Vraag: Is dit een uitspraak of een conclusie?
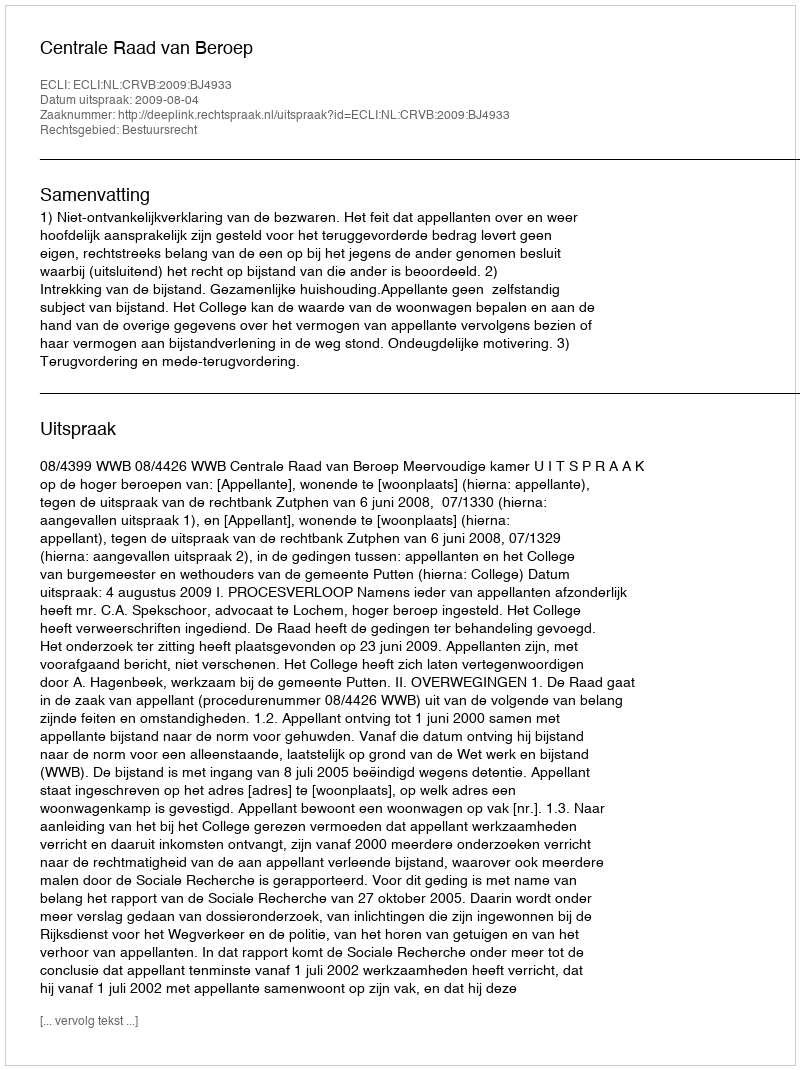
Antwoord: Uitspraak